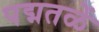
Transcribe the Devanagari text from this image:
पद्मतळें